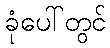
ခုံပေါ်တွင်